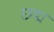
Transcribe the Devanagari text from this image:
छ्द्म